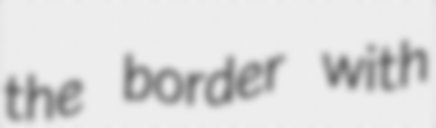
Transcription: the border with